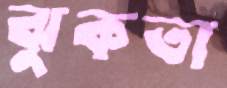
ঝুকতা